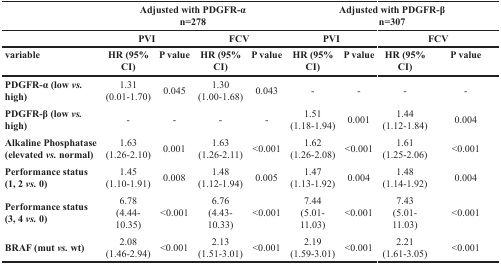
|  | <COLSPAN=4> Adjusted with PDGFR-α n=278 | <COLSPAN=4> Adjusted with PDGFR-β n=307 |
 |  | <COLSPAN=2> PVI | <COLSPAN=2> FCV | <COLSPAN=2> PVI | <COLSPAN=2> FCV |
 | variable | HR (95% CI) | P value | HR (95% CI) | P value | HR (95% CI) | P value | HR (95% CI) | P value |
 | --- | --- | --- | --- | --- | --- | --- | --- | --- |
 | PDGFR-α (low vs. high) | 1.31(0.01-1.70) | 0.045 | 1.30(1.00-1.68) | 0.043 | - | - | - | - |
 | PDGFR-β (low vs. high) | - | - | - | - | 1.51(1.18-1.94) | 0.001 | 1.44(1.12-1.84) | 0.004 |
 | Alkaline Phosphatase (elevated vs. normal) | 1.63(1.26-2.10) | 0.001 | 1.63(1.26-2.11) | <0.001 | 1.62(1.26-2.08) | <0.001 | 1.61(1.25-2.06) | <0.001 |
 | Performance status (1, 2 vs. 0) | 1.45(1.10-1.91) | 0.008 | 1.48(1.12-1.94) | 0.005 | 1.47(1.13-1.92) | 0.004 | 1.48(1.14-1.92) | 0.004 |
 | Performance status (3, 4 vs. 0) | 6.78(4.44-10.35) | <0.001 | 6.76(4.43-10.33) | <0.001 | 7.44(5.01-11.03) | <0.001 | 7.43(5.01-11.03) | <0.001 |
 | BRAF (mut vs. wt) | 2.08(1.46-2.94) | <0.001 | 2.13(1.51-3.01) | <0.001 | 2.19(1.59-3.01) | <0.001 | 2.21(1.61-3.05) | <0.001 |